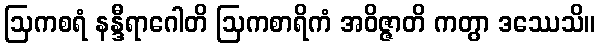
ဩကစရံ နန္ဒီရာဂေါတိ ဩကစာရိကံ အဝိဇ္ဇာတိ ကတွာ ဒဿေသိ။